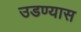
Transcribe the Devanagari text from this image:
उडण्यास